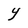
Character: Y